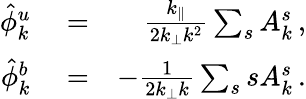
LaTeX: \begin{array}{rlr}{\hat{\phi}_{k}^{u}}&{{}=}&{\frac{k_{\parallel}}{2k_{\perp}k^{2}}\sum_{s}A_{k}^{s}\, ,}\\ {\hat{\phi}_{k}^{b}}&{{}=}&{-\frac{1}{2k_{\perp}k}\sum_{s}sA_{k}^{s}\, .}\end{array}